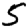
Digit: 5